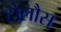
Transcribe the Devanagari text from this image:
टोलौस